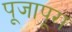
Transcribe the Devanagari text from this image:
पूजापूरा